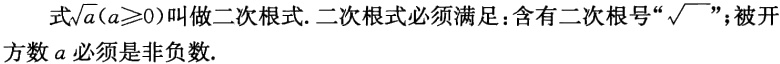
式\(\sqrt{a}(a\geqslant0)\)叫做二次根式.二次根式必须满足：含有二次根号“\(\sqrt{}\)”；被开方数\(a\)必须是非负数.